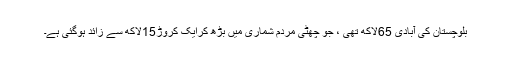
بلوچستان کی آبادی 65لاکھ تھی ، جو چھٹی مردم شماری میں بڑھ کرایک کروڑ15لاکھ سے زائد ہوگئی ہے۔